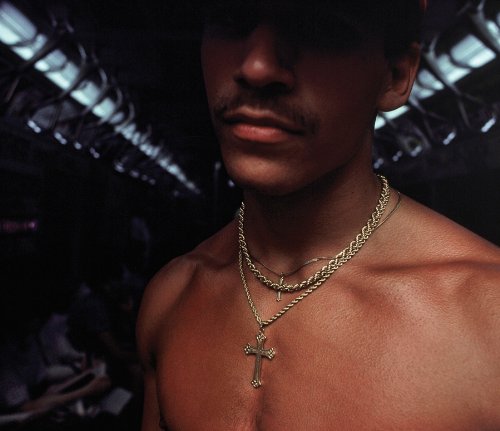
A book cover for Bruce Davidson: Subway; Bruce Davidson; Arts & Photography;